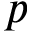
p